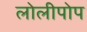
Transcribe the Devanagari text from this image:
लोलीपोप